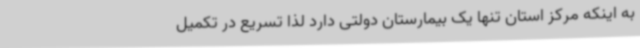
به اینکه مرکز استان تنها یک بیمارستان دولتی دارد لذا تسریع در تکمیل